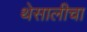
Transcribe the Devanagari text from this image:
थेसालीचा